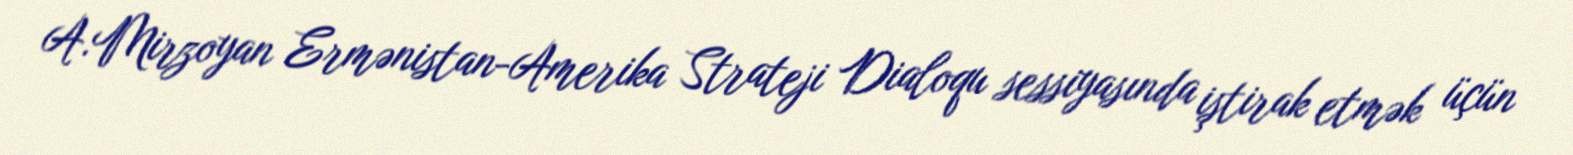
A.Mirzoyan Ermənistan-Amerika Strateji Dialoqu sessiyasında iştirak etmək üçün